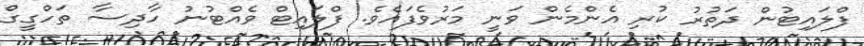
ފްލައިޓުން ދަތުރު ކުރި އެންމެން ވަނީ މަރުވެފައެވެ. ފްލައިޓް ވެއްޓުނު ހާދިސާ ތަހްގީގް